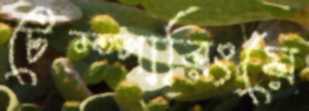
টেম্পারিংয়ে